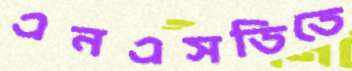
এনএসডিতে